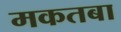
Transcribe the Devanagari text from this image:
मकतबा